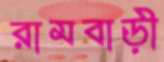
রামবাড়ী